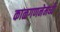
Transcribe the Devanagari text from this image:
काळगणनेमध्ये